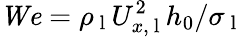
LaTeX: \mathit{We}=\rho_{\mathrm{~l~}}U_{x,\mathrm{~l~}}^{2}h_{0}/\sigma_{\mathrm{~l~}}